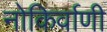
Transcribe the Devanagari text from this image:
नोकिर्वाणी